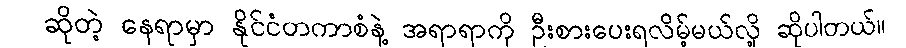
ဆိုတဲ့ နေရာမှာ နိုင်ငံတကာစံနဲ့ အရာရာကို ဦးစားပေးရလိမ့်မယ်လို့ ဆိုပါတယ်။